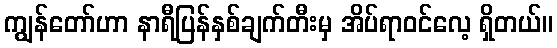
ကျွန်တော်ဟာ နာရီပြန်နှစ်ချက်တီးမှ အိပ်ရာဝင်လေ့ ရှိတယ်။